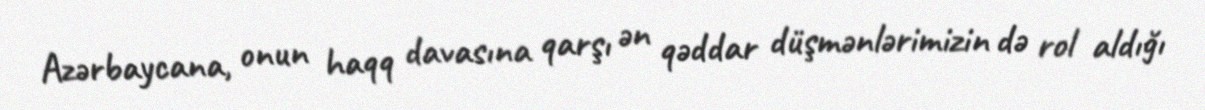
Azərbaycana, onun haqq davasına qarşı ən qəddar düşmənlərimizin də rol aldığı